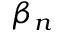
\beta _ { n }